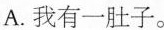
A.我有一肚子。